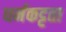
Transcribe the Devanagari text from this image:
धर्मकट्टता